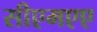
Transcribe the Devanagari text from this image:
सीएमएए